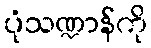
ပုံသဏ္ဍာန်ကို